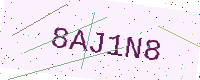
Text: 8AJ1N8